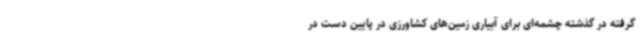
گرفته در گذشته چشمه‌ای برای آبیاری زمین‌های کشاورزی در پایین دست در